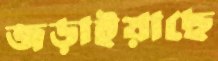
জড়াইয়াছে